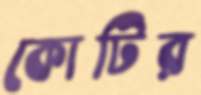
কোটির